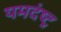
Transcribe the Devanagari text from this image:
यमदंष्ट्र